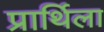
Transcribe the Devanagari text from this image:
प्रार्थिला